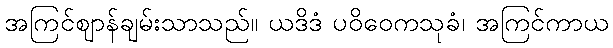
အကြင်ဈာန်ချမ်းသာသည်။ ယဒိဒံ ပဝိဝေကသုခံ၊ အကြင်ကာယ